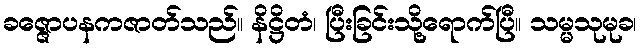
ခဇ္ဇောပနကဇာတ်သည်။ နိဋ္ဌိတံ၊ ပြီးခြင်းသို့ရောက်ပြီ။ သမ္မသုမုခ၊